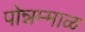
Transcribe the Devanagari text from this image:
पोन्नम्माळ